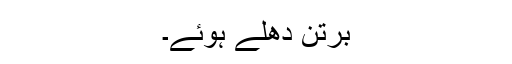
برتن دھلے ہوئے۔